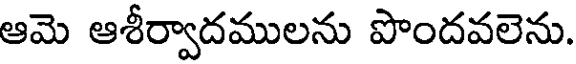
ఆమె ఆశీర్వాదములను పొందవలెను.